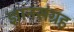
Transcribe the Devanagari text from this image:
ज्ञानसंग्रह